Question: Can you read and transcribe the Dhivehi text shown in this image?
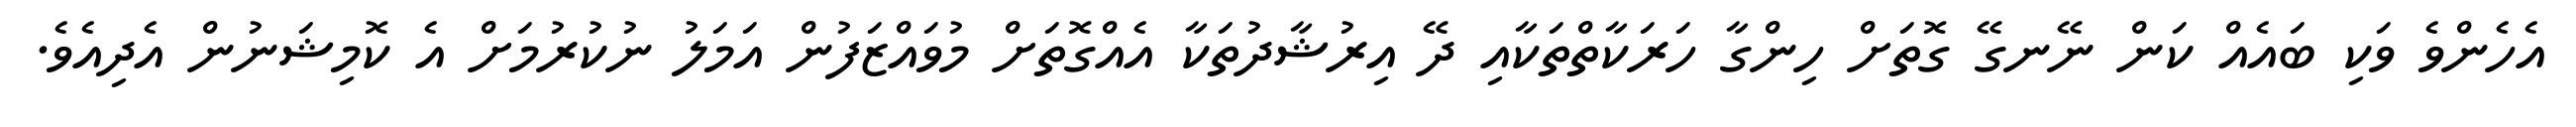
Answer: އެހެންވެ ވަކި ބައެއް ކަން ނޭނގޭ ގޮތަށް ހިންގާ ހަރަކާތްތަކާއި ދޭ އިރުޝާދުތަކާ އެއްގޮތަށް މުވައްޒަފުން އަމަލު ނުކުރުމަށް އެ ކޮމިޝަނުން އެދިއެވެ.